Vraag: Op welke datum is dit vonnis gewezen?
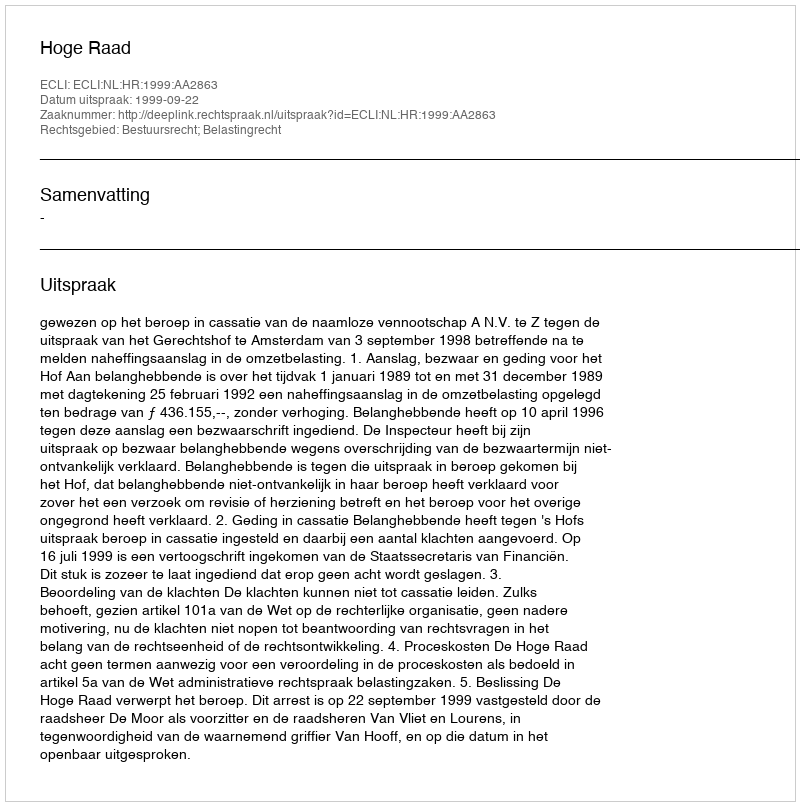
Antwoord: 1999-09-22